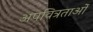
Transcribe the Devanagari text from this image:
अपवित्रताओं